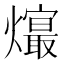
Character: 𤑧